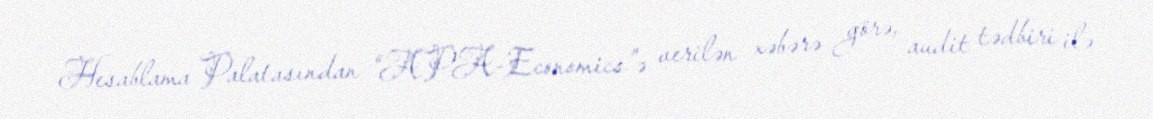
Hesablama Palatasından “APA-Economics”ə verilən xəbərə görə, audit tədbiri ilə